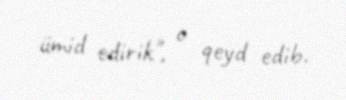
ümid edirik", o qeyd edib.